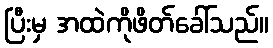
ပြီးမှ အထဲကိုဖိတ်ခေါ်သည်။